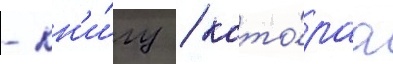
- кн'и́гу / кото́раа